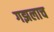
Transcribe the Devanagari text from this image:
गझलाच